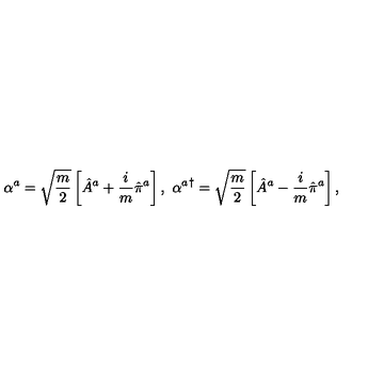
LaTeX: \alpha ^ { a } = \sqrt { \frac { m } { 2 } } \left[ \hat { A } ^ { a } + \frac { i } { m } \hat { \pi } ^ { a } \right] , \ { \alpha ^ { a } } ^ { \dagger } = \sqrt { \frac { m } { 2 } } \left[ \hat { A } ^ { a } - \frac { i } { m } \hat { \pi } ^ { a } \right] ,